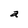
Character: a